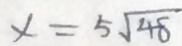
x = 5 \sqrt { 4 8 }